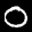
Label: 0